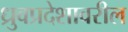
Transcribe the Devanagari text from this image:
ध्रुवप्रदेशावरील